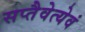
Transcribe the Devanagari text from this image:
सप्तैवेत्येवं